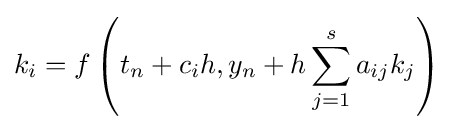
k_{i}=f\left(t_{n}+c_{i}h,y_{n}+h\sum _{j=1}^{s}a_{ij}k_{j}\right)